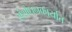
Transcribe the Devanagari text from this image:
संशोधनकार्यात